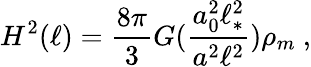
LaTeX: H^{2}(\ell)={\frac{8\pi}{3}}G(\frac{a_{0}^{2}\ell_{*}^{2}}{a^{2}\ell^{2}})\rho_{m}\ ,